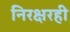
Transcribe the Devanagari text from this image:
निरक्षरही